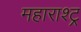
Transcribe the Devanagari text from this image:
महाराश्ट्र